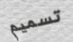
تسميم